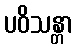
ပဝိသန္တာ